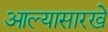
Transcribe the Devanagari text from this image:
आल्‍यासारखे